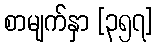
စာမျက်နှာ [၃၅၇]